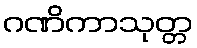
ဂဏိကာသုတ္တ